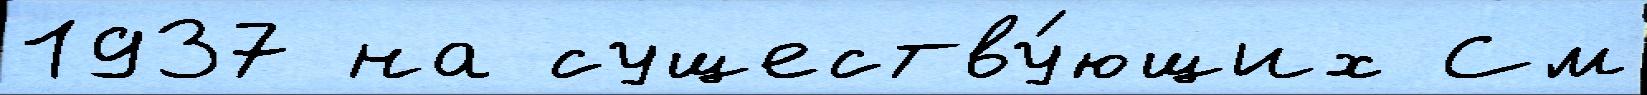
1937 на существу́ющих См